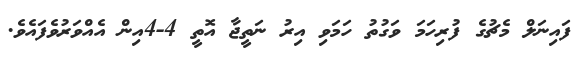
ފައިނަލް މެޗުގެ ފުރިހަމަ ވަގުތު ހަމަވި އިރު ނަތީޖާ އޮތީ 4-4އިން އެއްވަރުވެފައެވެ.